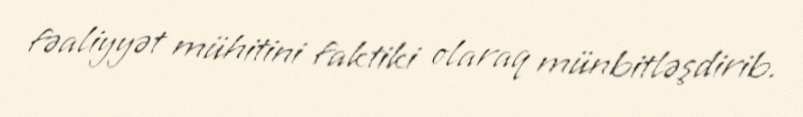
fəaliyyət mühitini faktiki olaraq münbitləşdirib.